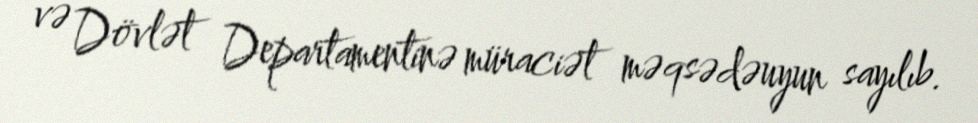
və Dövlət Departamentinə müraciət məqsədəuyun sayılıb.